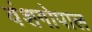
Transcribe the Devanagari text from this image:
वंशगोपाल